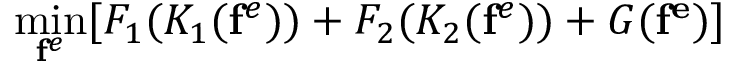
\operatorname* { m i n } _ { \mathbf { f } ^ { e } } [ F _ { 1 } ( K _ { 1 } ( \mathbf { f } ^ { e } ) ) + F _ { 2 } ( K _ { 2 } ( \mathbf { f } ^ { e } ) ) + G ( \mathbf { f ^ { e } } ) ]